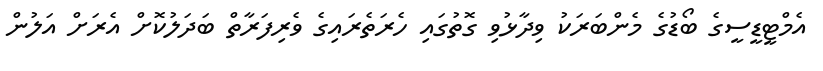
އެމްޓީޑީސީގެ ބޯޑުގެ މެންބަރަކު ވިދާޅުވި ގޮތުގައި ހެރަތެރައިގެ ވެރިފަރާތް ބަދަލުކޮށް އެރަށް އަލުން